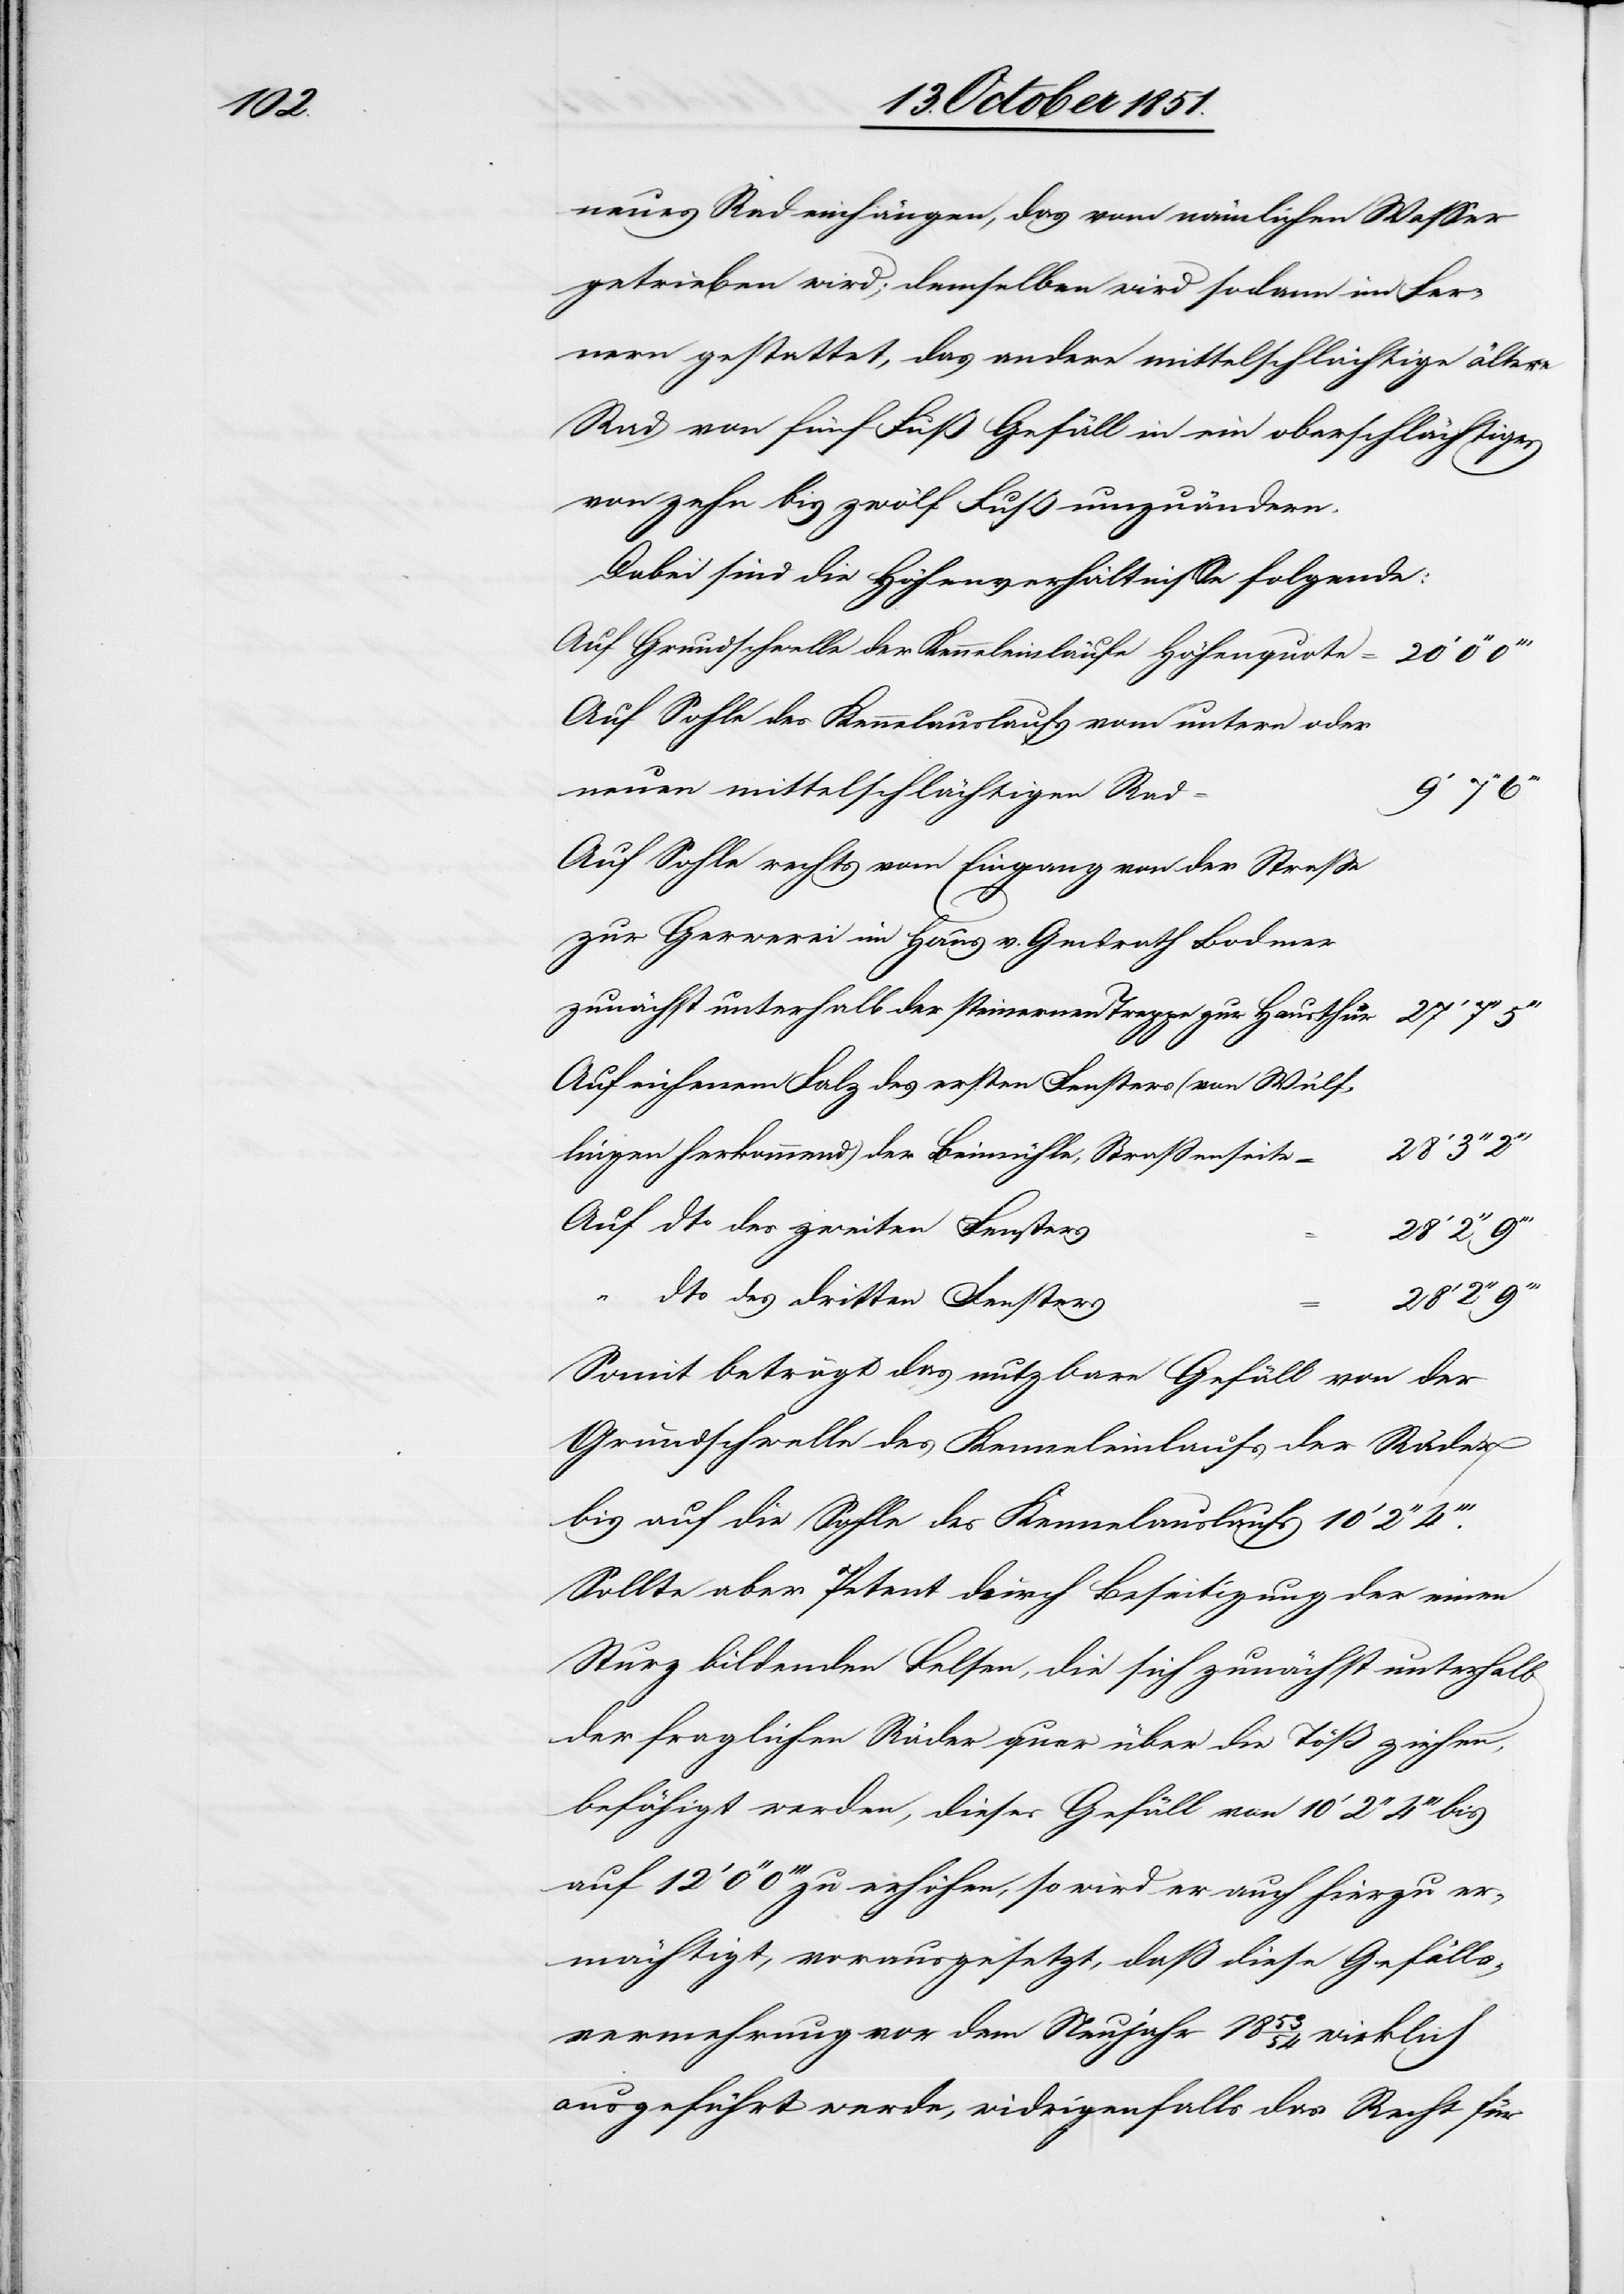
28‘

neues Rad einhängen, das vom nämlichen Wasser
getrieben wird; demselben wird sodann im Fer¬
nern gestattet, das andere mittelschlächtige ältere
Rad von fünf Fuß Gefäll in ein oberschlächtiges
von zehn bis zwölf Fuß umzuändern.
Dabei sind die Höhenverhältnisse folgende:
Auf Grundschwelle der Kenneleinläufe Höhenquote
20‘ 0‘‘
Auf Sohle des Kennelauslaufs vom untern oder
neuen mittelschlächtigen Rad
Auf Sohle rechts vom Eingang von der Straße
zur Gerwerei im Haus v. Gmdrath Bodmer
zunächst unterhalb der steinernen Treppe zur Hausthür
27‘ 7‘‘
Auf eichenem Falz des ersten Fensters (von Wülf¬
lingen herkommend) der Beimühle, Straßenseite
Auf dto des zweiten Fensters
dto des dritten Fensters
Somit beträgt das nutzbare Gefäll von der
Grundschwelle des Kenneleinlaufs der Räder
bis auf die Sohle des Kennelauslaufs 10‘ 2‘‘
Sollte aber Petent durch Beseitigung der einen
Sturz bildenden Felsen, die sich zunächst unterhalb
der fraglichen Räder quer über die Töß ziehen,
befähigt werden, dieses Gefäll von 10‘ 2‘‘ 4‘‘‘ bis
auf 12‘ 0‘‘ 0‘‘‘ zu erhöhen, so wird er auch hierzu er¬
mächtigt, vorausgesetzt, daß diese Gefälls¬
vermehrung vor dem Neujahr 1853/54 wirklich
ausgeführt werde, widrigenfalls das Recht für